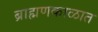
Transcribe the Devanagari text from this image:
ब्राह्मणकाळात